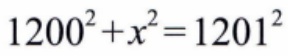
\(1200^{2}+x^{2}=1201^{2}\)